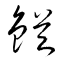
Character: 鰌